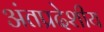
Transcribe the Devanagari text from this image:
अंतप्रदेशीय